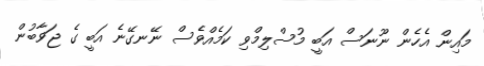
މައިން އެހެން ނޫނަސް އަބީ މުސްލިމްވި ކަމެއްވެސް ނޭނގޭނެ އަބީ ގެ ޖަވާބުން